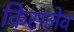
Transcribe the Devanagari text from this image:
किसलेव